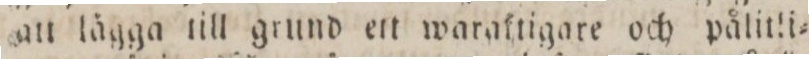
att lägga till grund ett waraktigare och pålitli=